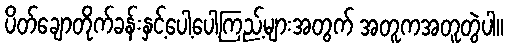
ပိတ်ချောတိုက်ခန်းနှင့်ပေါ့ပေါ့ကြည့်များအတွက် အတူကအတူတွဲပါ။